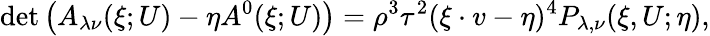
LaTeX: \operatorname*{det}\left(A_{\lambda\nu}(\xi;U)-\eta A^{0}(\xi;U)\right)=\rho^{3}\tau^{2}(\xi\cdot v-\eta)^{4}P_{\lambda,\nu}(\xi,U;\eta),